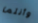
وأنتما